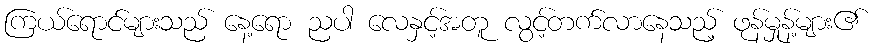
ကြယ်ရောင်များသည် နေ့ရော ညပါ လေနှင့်အတူ လွင့်တက်လာနေသည့် ဖုန်မှုန့်များ၏